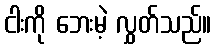
ငါးကို ဘေးမဲ့ လွှတ်သည်။